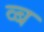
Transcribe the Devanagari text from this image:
व्ब